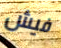
فيش